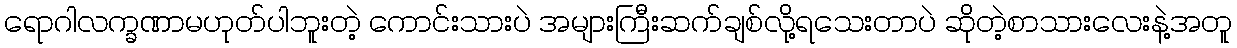
ရောဂါလက္ခဏာမဟုတ်ပါဘူးတဲ့ ကောင်းသားပဲ အများကြီးဆက်ချစ်လို့ရသေးတာပဲ ဆိုတဲ့စာသားလေးနဲ့အတူ